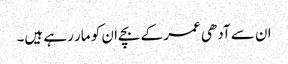
ان سے آدھی عمر کے بچےان کو مار رہے ہیں۔